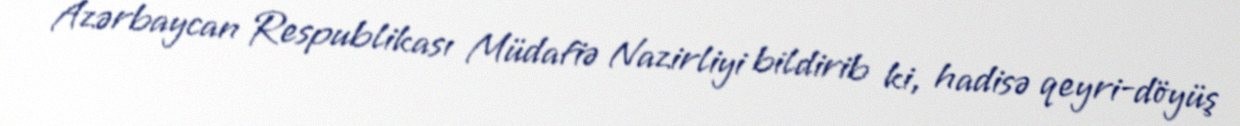
Azərbaycan Respublikası Müdafiə Nazirliyi bildirib ki, hadisə qeyri-döyüş